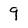
Character: 9